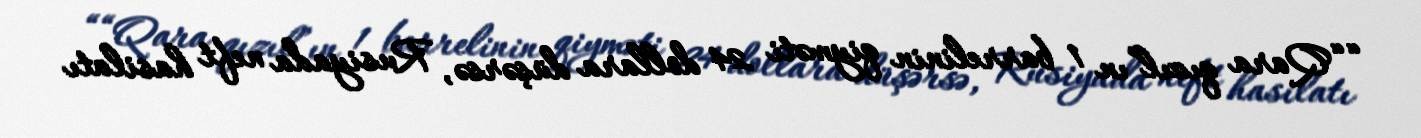
““Qara qızıl”ın 1 barrelinin qiyməti 24 dollara düşərsə, Rusiyada neft hasilatı